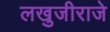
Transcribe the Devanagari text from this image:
लखुजीराजे